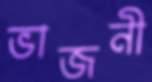
ভাজনী